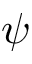
\psi